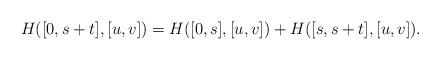
LaTeX: \begin{align*}H([0, s + t], [u, v]) = H([0, s], [u, v]) + H([s, s + t], [u, v]) .\end{align*}